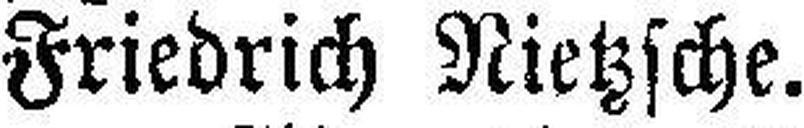
Friedrich Nietzsche.